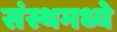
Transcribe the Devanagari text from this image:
संस्थमध्ये